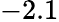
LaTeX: -2.1